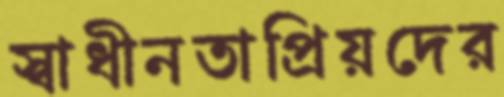
স্বাধীনতাপ্রিয়দের